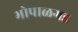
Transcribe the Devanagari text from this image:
भोपाळगड